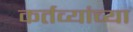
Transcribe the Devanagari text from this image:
कर्तव्यांच्या